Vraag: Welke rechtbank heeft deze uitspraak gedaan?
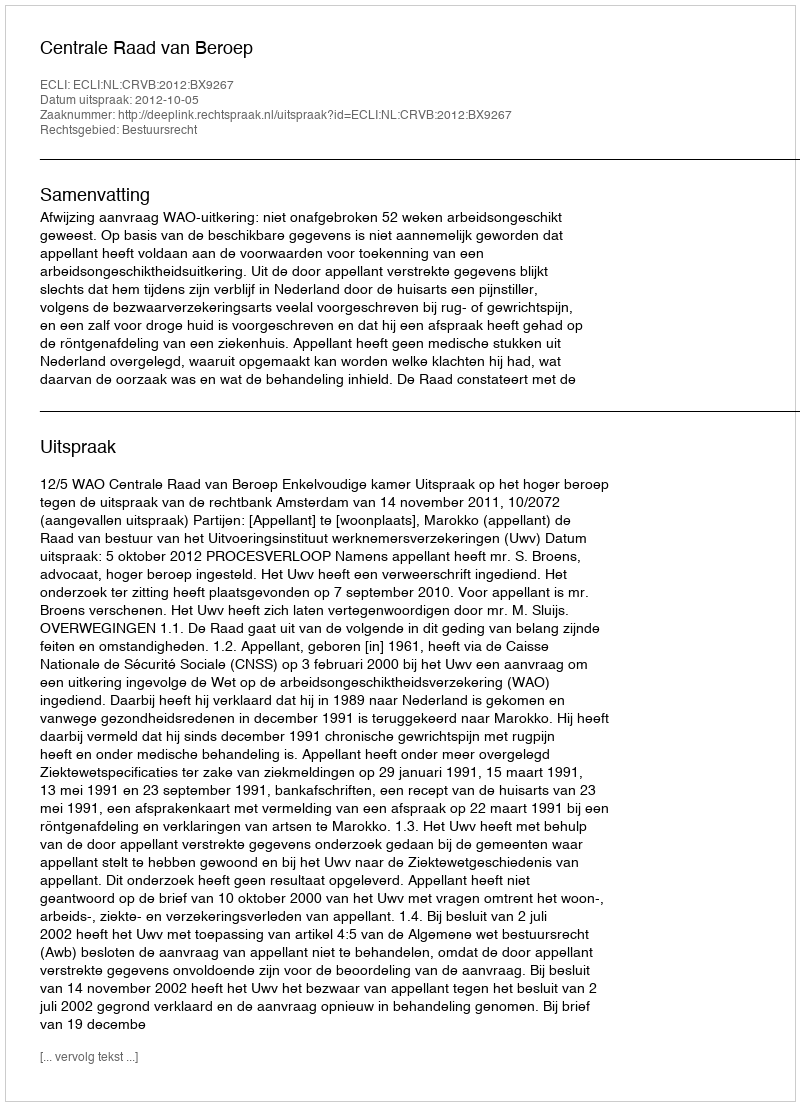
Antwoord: Centrale Raad van Beroep